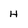
Character: H